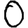
Digit: 0